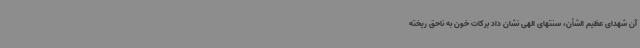
آن شهدای عظیم الشأن، سنتهای الهی نشان داد برکات خون به ناحق ریخته